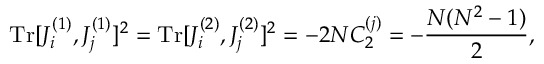
\mathrm { T r } [ J _ { i } ^ { ( 1 ) } , J _ { j } ^ { ( 1 ) } ] ^ { 2 } = \mathrm { T r } [ J _ { i } ^ { ( 2 ) } , J _ { j } ^ { ( 2 ) } ] ^ { 2 } = - 2 N C _ { 2 } ^ { ( j ) } = - \frac { N ( N ^ { 2 } - 1 ) } { 2 } ,